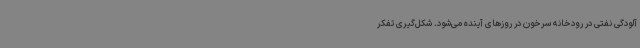
آلودگی نفتی در رودخانه سرخون در روزهای آینده می‌شود. شکل‌گیری تفکر